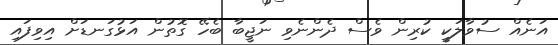
އަނެއް ސުވާލަކީ ކުރިން ވެސް ދެންނެވި ނަޖީބާ ބެހޭ ގޮތުން އަޅުގަނޑަށް އިވިފައި